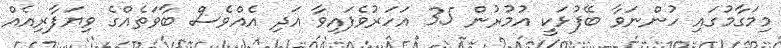
މިމަގާމުގައި ހުންނަވާ ބޭފުޅަކީ އުމުރުން 35 އަހަރުވެފައިވާ އަދި އެއްވެސް ބާވަތެއްގެ ވިޔަފާރިއެެއް